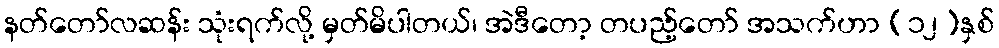
နတ်တော်လဆန်း သုံးရက်လို့ မှတ်မိပါတယ်၊ အဲဒီတော့ တပည့်တော် အသက်ဟာ (၁၂)နှစ်